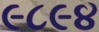
૯૮૯૪